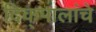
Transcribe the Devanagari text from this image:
दिक्‌पालांचे